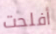
أفلحت